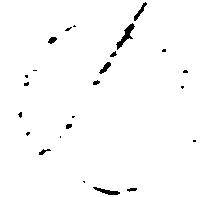
の